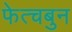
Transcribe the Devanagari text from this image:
फेत्चबुन